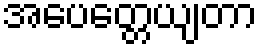
အပေတ္တေယျတာ